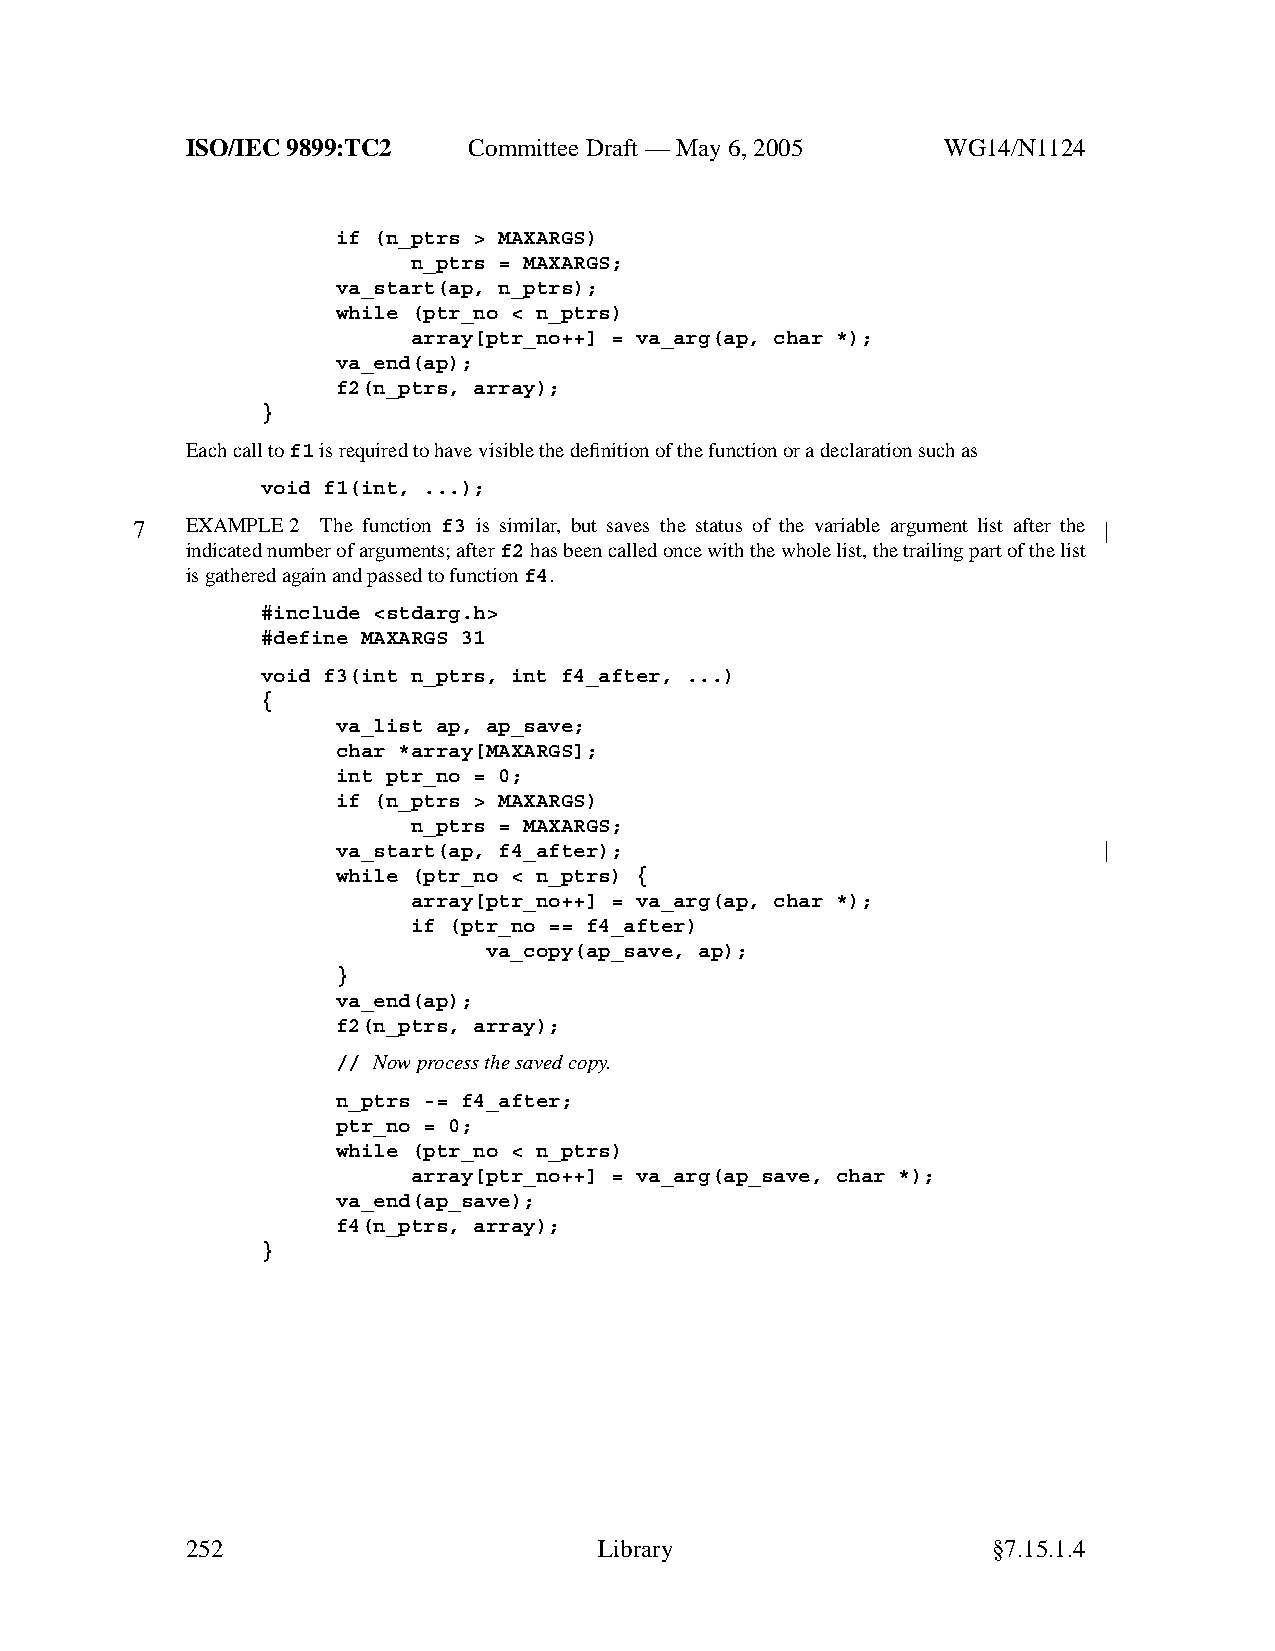
ISO/IEC 9899:TC2   Committee Draft — May 6, 2005   WG14/N1124
 if (n_ptrs > MAXARGS)
 n_ptrs = MAXARGS;
 va_start(ap, n_ptrs);
 while (ptr_no < n_ptrs)
 array[ptr_no++] = va_arg(ap, char *);
 va_end(ap);
 f2(n_ptrs, array);
 }
 Each call tof1is required to have visible the definition of the function or a declaration such as
 void f1(int, ...);
 7  EXAMPLE 2 The function f3 is similar, but saves the status of the variable argument list after the
 indicated number of arguments; afterf2has been called once with the whole list, the trailing part of the list
 is gathered again and passed to functionf4.
 #include <stdarg.h>
 #define MAXARGS 31
 void f3(int n_ptrs, int f4_after, ...)
 {
 va_list ap, ap_save;
 char *array[MAXARGS];
 int ptr_no = 0;
 if (n_ptrs > MAXARGS)
 n_ptrs = MAXARGS;
 va_start(ap, f4_after);
 while (ptr_no < n_ptrs) {
 array[ptr_no++] = va_arg(ap, char *);
 if (ptr_no == f4_after)
 va_copy(ap_save, ap);
 }
 va_end(ap);
 f2(n_ptrs, array);
 // Now process the saved copy.
 n_ptrs -= f4_after;
 ptr_no = 0;
 while (ptr_no < n_ptrs)
 array[ptr_no++] = va_arg(ap_save, char *);
 va_end(ap_save);
 f4(n_ptrs, array);
 }
 252                         Library                   §7.15.1.4